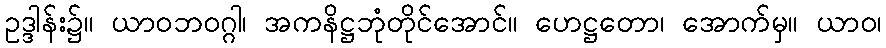
ဥဒ္ဒါန်း၌။ ယာဝဘဝဂ္ဂါ၊ အကနိဋ္ဌဘုံတိုင်အောင်။ ဟေဋ္ဌတော၊ အောက်မှ။ ယာဝ၊